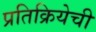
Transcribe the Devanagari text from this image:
प्रतिक्रियेची